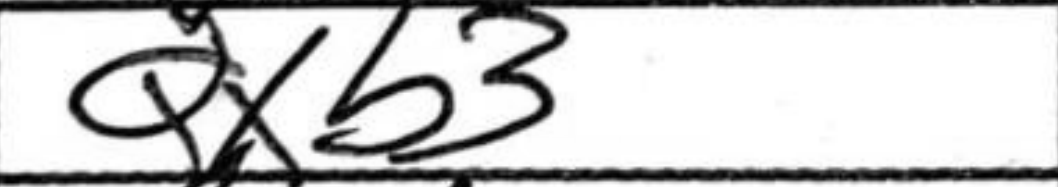
Transcription: Qxb3